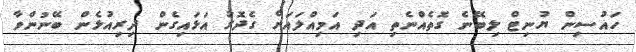
ހައުސިން ޔުނިޓް ލިބޭނެ ގޮތެއްނެތި އަދި އަމިއްލައަށް ގެދޮރު އަޅައިގެން ދިރިއުޅެން ބޭނުންވާ